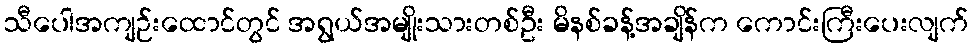
သီပေါအကျဉ်းထောင်တွင် အရွယ်အမျိုးသားတစ်ဦး မိနစ်ခန့်အချိန်က ကောင်းကြီးပေးလျက်